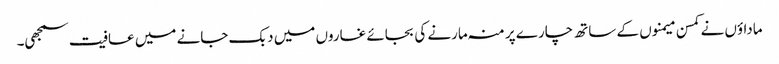
ماداؤں نے کمسن میمنوں کے ساتھ چارے پر منہ مارنے کی بجائے غاروں میں دبک جانے میں عافیت سمجھی۔